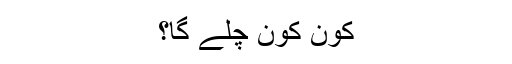
کون کون چلے گا؟